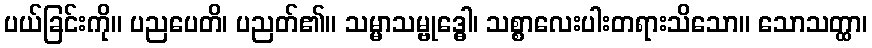
ပယ်ခြင်းကို။ ပညပေတိ၊ ပညတ်၏။ သမ္မာသမ္ဗုဒ္ဓေါ၊ သစ္စာလေးပါးတရားသိသော။ သောသတ္ထာ၊